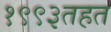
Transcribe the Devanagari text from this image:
१९९३तहत